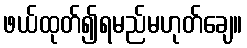
ဖယ်ထုတ်၍ရမည်မဟုတ်ချေ။